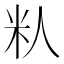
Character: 𬖌